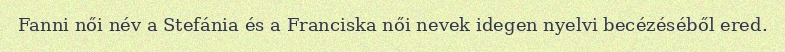
Fanni női név a Stefánia és a Franciska női nevek idegen nyelvi becézéséből ered.